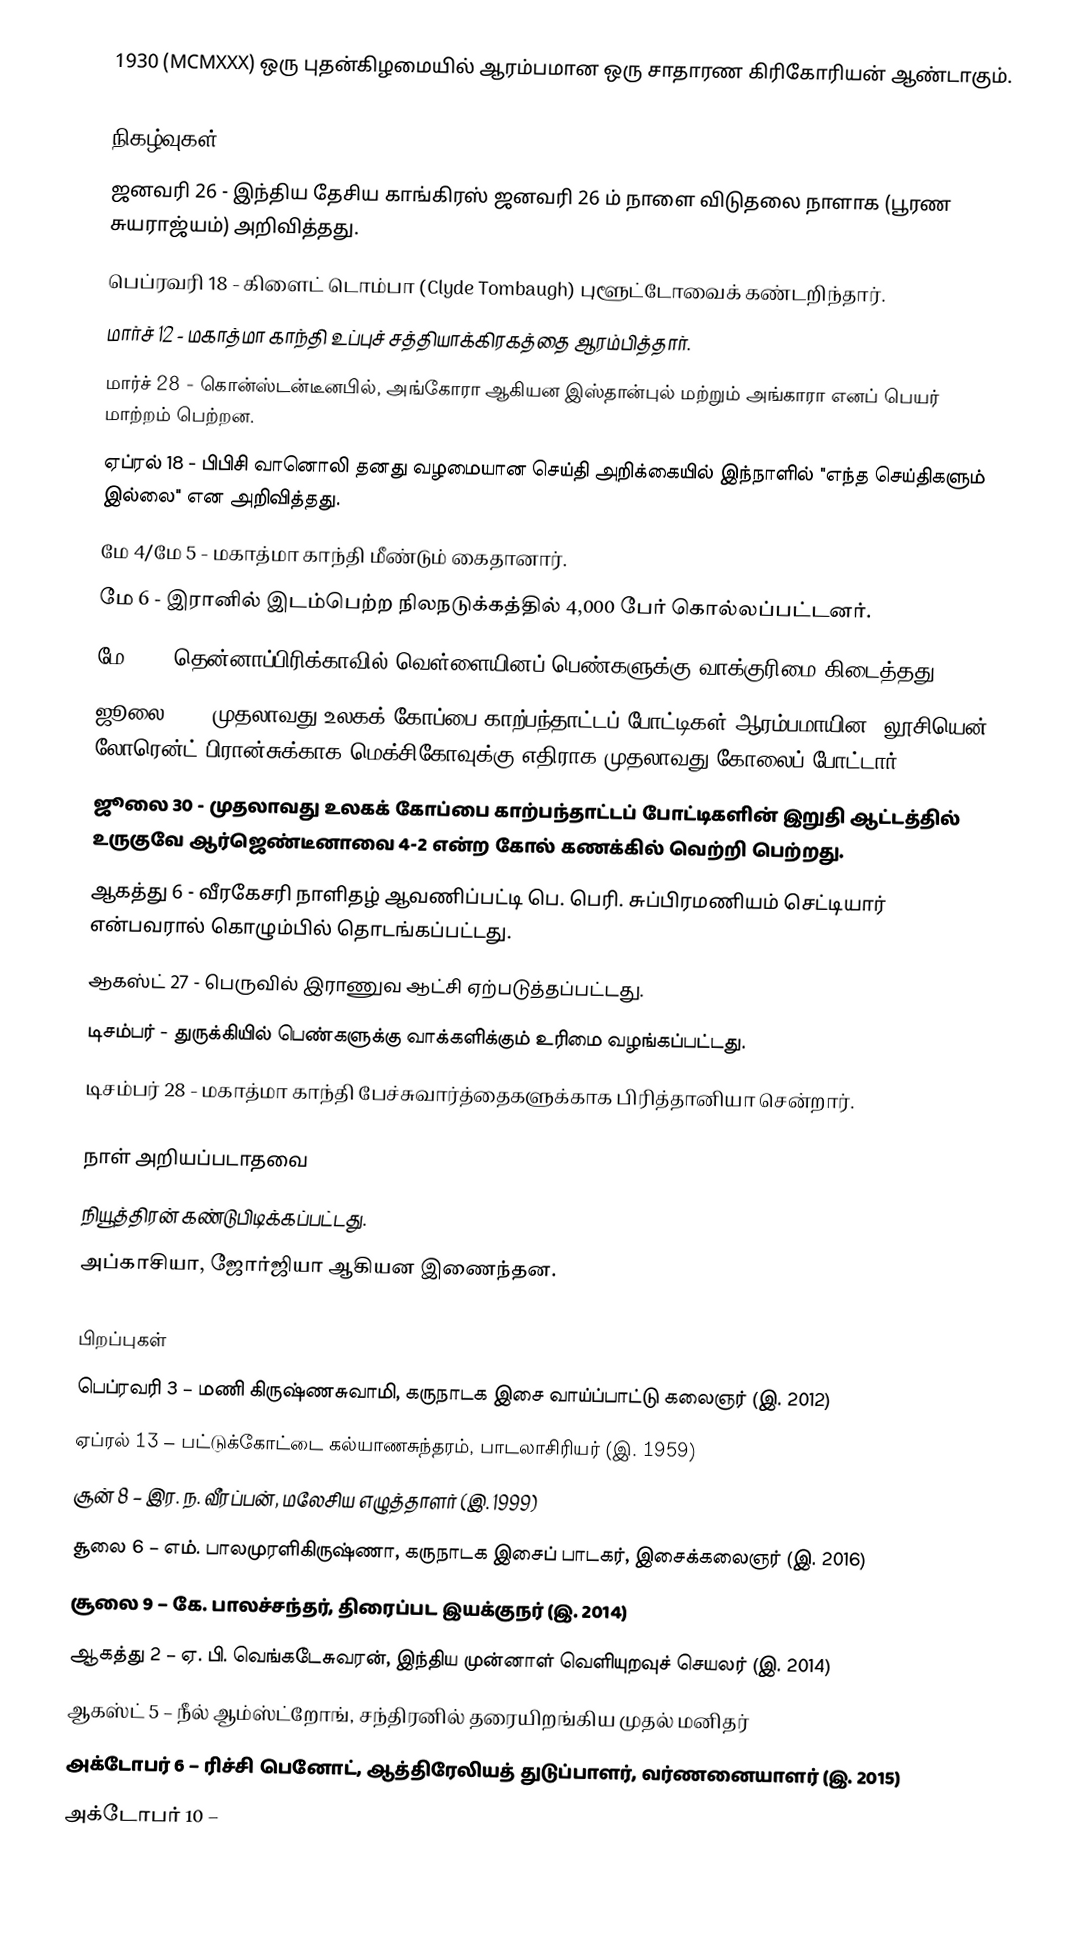
1930 (MCMXXX) ஒரு புதன்கிழமையில் ஆரம்பமான ஒரு சாதாரண கிரிகோரியன் ஆண்டாகும்.

நிகழ்வுகள்
 ஜனவரி 26 - இந்திய தேசிய காங்கிரஸ் ஜனவரி 26 ம் நாளை விடுதலை நாளாக (பூரண சுயராஜ்யம்) அறிவித்தது.
 பெப்ரவரி 18 - கிளைட் டொம்பா (Clyde Tombaugh) புளூட்டோவைக் கண்டறிந்தார்.
 மார்ச் 12 - மகாத்மா காந்தி உப்புச் சத்தியாக்கிரகத்தை ஆரம்பித்தார்.
 மார்ச் 28 - கொன்ஸ்டன்டீனபில், அங்கோரா ஆகியன இஸ்தான்புல் மற்றும் அங்காரா எனப் பெயர் மாற்றம் பெற்றன.
 ஏப்ரல் 18 - பிபிசி வானொலி தனது வழமையான செய்தி அறிக்கையில் இந்நாளில் "எந்த செய்திகளும் இல்லை" என அறிவித்தது.
 மே 4/மே 5 - மகாத்மா காந்தி மீண்டும் கைதானார்.
 மே 6 - இரானில் இடம்பெற்ற நிலநடுக்கத்தில் 4,000 பேர் கொல்லப்பட்டனர்.
 மே 19 - தென்னாப்பிரிக்காவில் வெள்ளையினப் பெண்களுக்கு வாக்குரிமை கிடைத்தது.
 ஜூலை 13 - முதலாவது உலகக் கோப்பை காற்பந்தாட்டப் போட்டிகள் ஆரம்பமாயின. லூசியென் லோரென்ட் பிரான்சுக்காக மெக்சிகோவுக்கு எதிராக முதலாவது கோலைப் போட்டார்.
 ஜூலை 30 - முதலாவது உலகக் கோப்பை காற்பந்தாட்டப் போட்டிகளின் இறுதி ஆட்டத்தில் உருகுவே ஆர்ஜெண்டீனாவை 4-2 என்ற கோல் கணக்கில் வெற்றி பெற்றது.
 ஆகத்து 6 - வீரகேசரி நாளிதழ் ஆவணிப்பட்டி பெ. பெரி. சுப்பிரமணியம் செட்டியார் என்பவரால் கொழும்பில் தொடங்கப்பட்டது.
 ஆகஸ்ட் 27 - பெருவில் இராணுவ ஆட்சி ஏற்படுத்தப்பட்டது.
 டிசம்பர் - துருக்கியில் பெண்களுக்கு வாக்களிக்கும் உரிமை வழங்கப்பட்டது.
 டிசம்பர் 28 - மகாத்மா காந்தி பேச்சுவார்த்தைகளுக்காக பிரித்தானியா சென்றார்.

நாள் அறியப்படாதவை
 நியூத்திரன் கண்டுபிடிக்கப்பட்டது.
 அப்காசியா, ஜோர்ஜியா ஆகியன இணைந்தன.

பிறப்புகள்
 பெப்ரவரி 3 – மணி கிருஷ்ணசுவாமி, கருநாடக இசை வாய்ப்பாட்டு கலைஞர் (இ. 2012)
 ஏப்ரல் 13 – பட்டுக்கோட்டை கல்யாணசுந்தரம், பாடலாசிரியர் (இ. 1959)
 சூன் 8 – இர. ந. வீரப்பன், மலேசிய எழுத்தாளர் (இ. 1999)
 சூலை 6 – எம். பாலமுரளிகிருஷ்ணா, கருநாடக இசைப் பாடகர், இசைக்கலைஞர் (இ. 2016)
 சூலை 9 – கே. பாலச்சந்தர், திரைப்பட இயக்குநர் (இ. 2014)
 ஆகத்து 2 – ஏ. பி. வெங்கடேசுவரன், இந்திய முன்னாள் வெளியுறவுச் செயலர் (இ. 2014)
 ஆகஸ்ட் 5 – நீல் ஆம்ஸ்ட்றோங், சந்திரனில் தரையிறங்கிய முதல் மனிதர்
 அக்டோபர் 6 – ரிச்சி பெனோட், ஆத்திரேலியத் துடுப்பாளர், வர்ணனையாளர் (இ. 2015)
 அக்டோபர் 10 –